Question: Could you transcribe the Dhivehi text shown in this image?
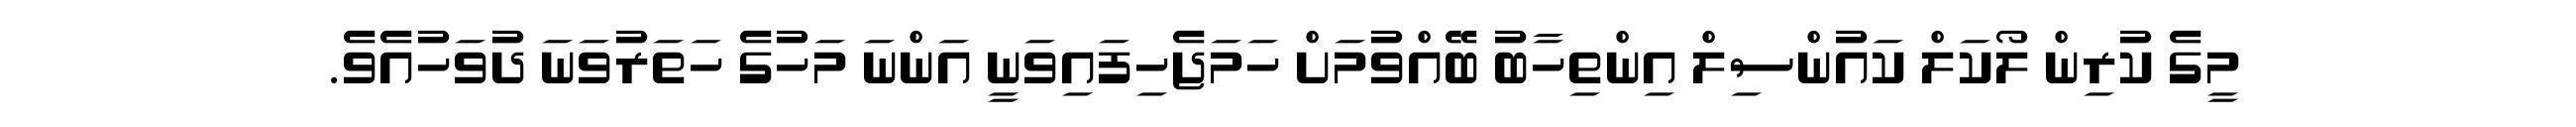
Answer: މީގެ ކުރިން ލޯކަލް ކައުންސިލް އިންތިހާބު ބޭއްވުމަށް ހަމަޖެހިފައިވަނީ އަންނަ މަހުގެ ހަތަރުވަނަ ދުވަހުއެވެ.